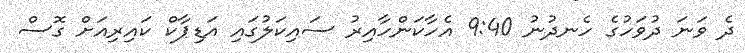
ދެ ވަނަ ދުވަހުގެ ހެނދުނު 9:40 އެހާކަންހާއިރު ސައިކަލުގައި އަޑިޕާކް ކައިރިއަށް ގޮސް